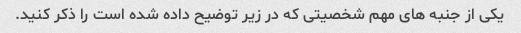
یکی از جنبه های مهم شخصیتی که در زیر توضیح داده شده است را ذکر کنید.